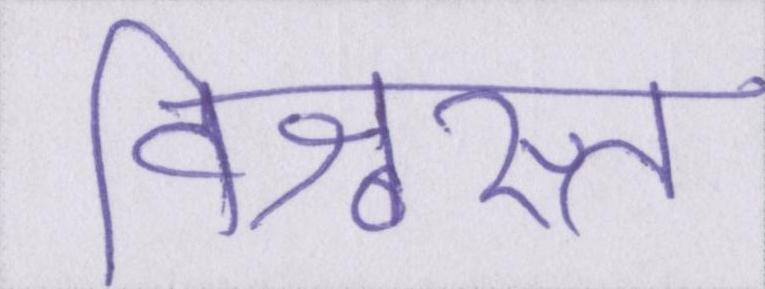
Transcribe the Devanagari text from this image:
विश्वस्त